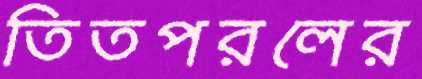
তিতপরলের